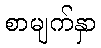
စာမျက်နှာ